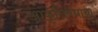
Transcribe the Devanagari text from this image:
आकृतिबंधाचा